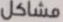
مشاكل